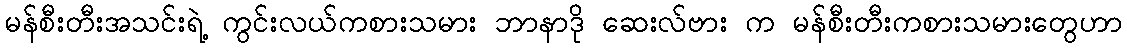
မန်စီးတီးအသင်းရဲ့ ကွင်းလယ်ကစားသမား ဘာနာဒို ဆေးလ်ဗား က မန်စီးတီးကစားသမားတွေဟာ